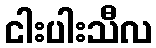
ငါးပါးသီလ